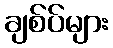
ချစ်ပ်များ